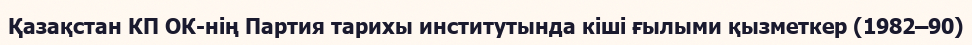
Қазақстан КП ОК-нің Партия тарихы институтында кіші ғылыми қызметкер (1982–90)